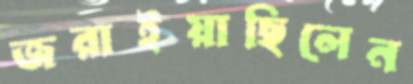
জরাইয়াছিলেন